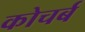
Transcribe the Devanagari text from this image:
कोचर्ब